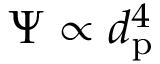
\Psi \propto d _ { \mathrm { p } } ^ { 4 }